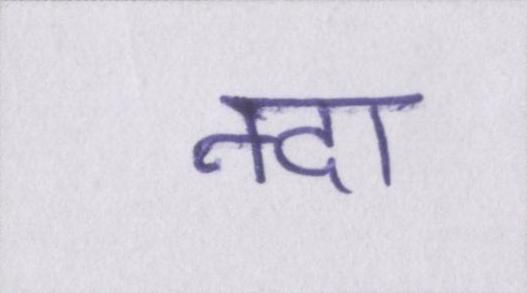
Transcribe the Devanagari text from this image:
नदा